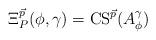
LaTeX: \begin{align*}\Xi_{P}^{\vec{p}}(\phi,\gamma)=\mathrm{CS}^{\vec{p}}(A_{\phi}^{\gamma})\end{align*}